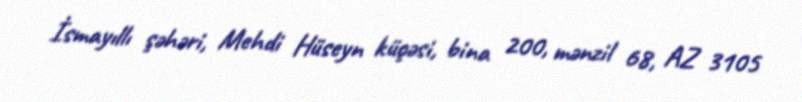
İsmayıllı şəhəri, Mehdi Hüseyn küçəsi, bina 200, mənzil 68, AZ 3105